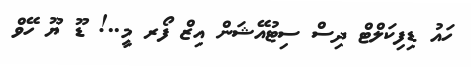
ހައު ޑިފިކަލްޓް ދިސް ސިޓުއޭޝަން އިޒް ފޯރ މީ..! ޑޫ ޔޫ ހޭވް